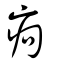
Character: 痀